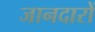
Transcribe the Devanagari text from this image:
जानदारों